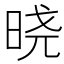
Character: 𣇈